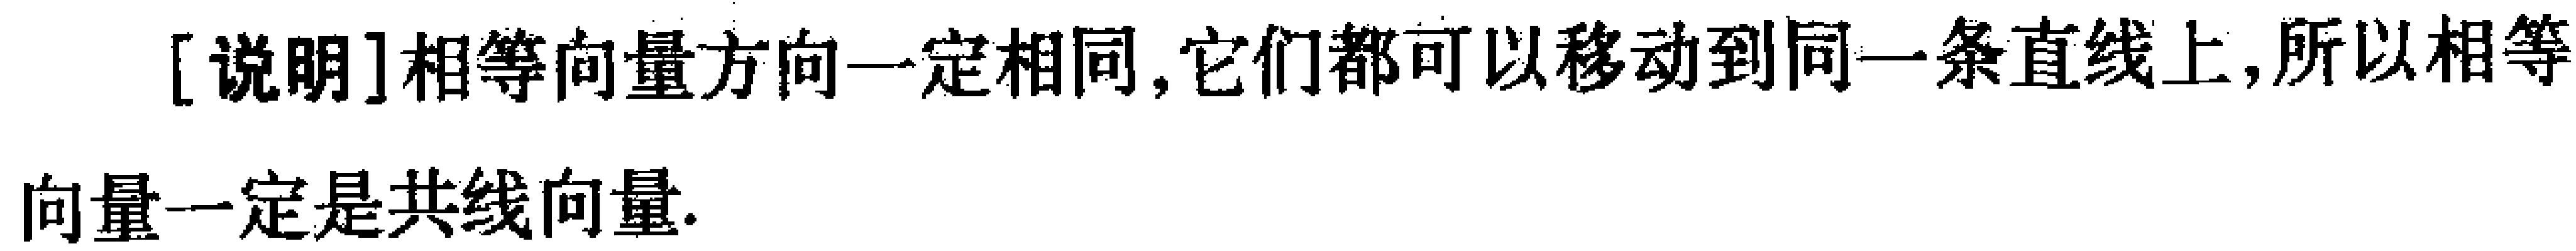
[说明]相等向量方向一定相同,它们都可以移动到同一条直线上,所以相等向量一定是共线向量.